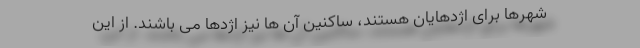
شهرها برای اژدهایان هستند، ساکنین آن ها نیز اژدها می باشند. از این